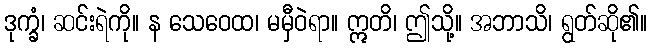
ဒုက္ခံ၊ ဆင်းရဲကို။ န သေဝေထ၊ မမှီဝဲရာ။ ဣတိ၊ ဤသို့။ အဘာသိ၊ ရွတ်ဆို၏။